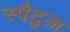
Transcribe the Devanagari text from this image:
स्पैटुला